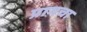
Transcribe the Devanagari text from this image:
प्रागचा